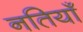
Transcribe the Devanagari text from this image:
नतियाँ